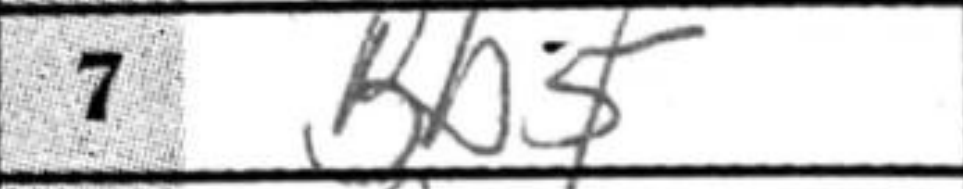
Transcription: Bb5